Language: tamil
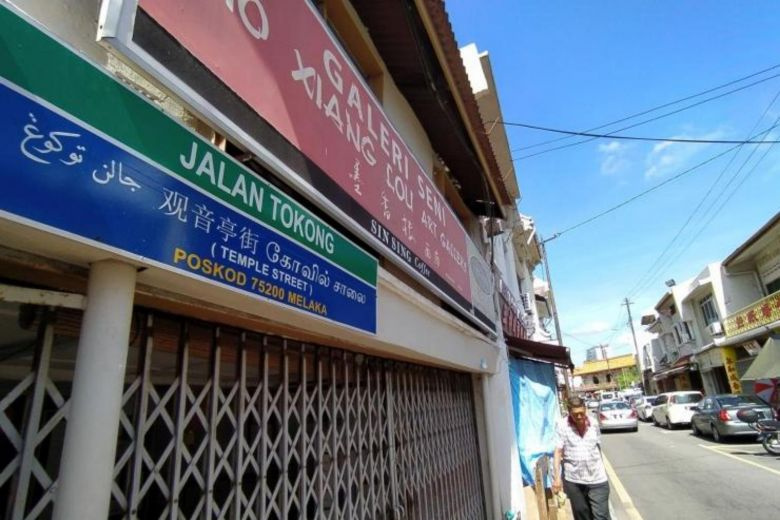
Transcription: கோவில் சாலை